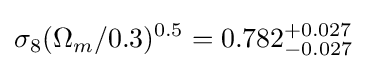
\sigma _{8}(\Omega _{m}/0.3)^{0.5}=0.782_{-0.027}^{+0.027}